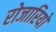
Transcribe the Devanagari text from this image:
रोजारियो